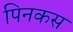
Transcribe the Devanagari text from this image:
पिनकस